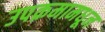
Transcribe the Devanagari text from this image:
उपक्रमामधून